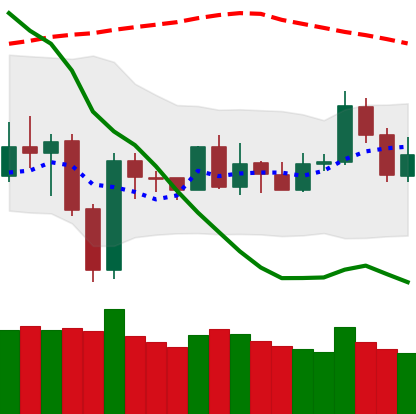
Ticker: NEO-USD
Chart end date: 2020-01-01
Forward return: 10.446%
Label: up_7plus